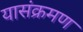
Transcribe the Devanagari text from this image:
यासंक्रमण